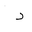
Letter: _dal